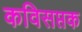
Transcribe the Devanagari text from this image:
कविसप्तक